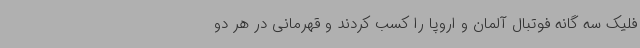
فلیک سه گانه فوتبال آلمان و اروپا را کسب کردند و قهرمانی در هر دو